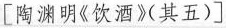
[陶渊明《饮酒》其五)]